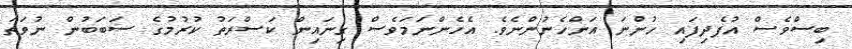
ބިސްވެސް އުފެދިފައި ހުންނަ އަންހެނުންނެވެ. އެހެންނަމަވެސް ގިނައިން ކަސްރަތު ކުރުމުގެ ސަބަބުން ނުވަތަ